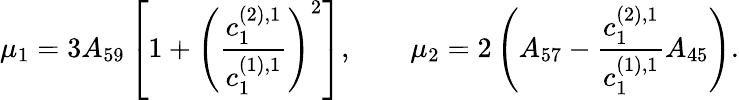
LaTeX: \mu_{1}=3A_{59}\left[1+\left(\frac{c_{1}^{(2),1}}{c_{1}^{(1),1}}\right)^{2}\right],\qquad\mu_{2}=2\left(A_{57}-\frac{c_{1}^{(2),1}}{c_{1}^{(1),1}}A_{45}\right).